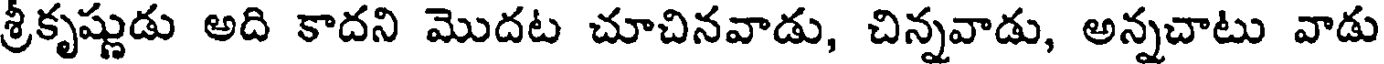
శ్రీకృష్ణుడు అది కాదని మొదట చూచినవాడు, చిన్నవాడు, అన్నచాటు వాడు